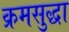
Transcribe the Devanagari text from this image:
क्रमसुद्धा